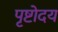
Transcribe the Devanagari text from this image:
पृष्टोदय